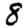
Digit: 8